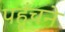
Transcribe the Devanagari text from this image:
पहूँचने